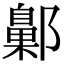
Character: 𨞶